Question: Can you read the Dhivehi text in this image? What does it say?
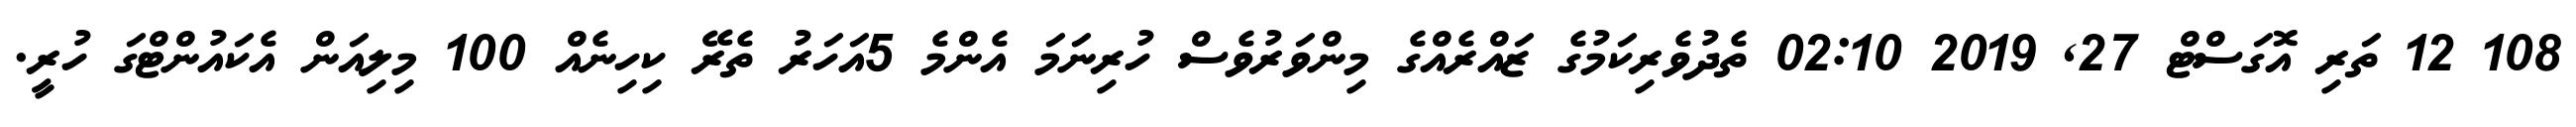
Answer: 108 12 ތަރި އޮގަސްޓް 27, 2019 02:10 ތެދުވެރިކަމުގެ ޒައްރެއްގެ މިންވަރުވެސް ހުރިނަމަ އެންމެ 5އަހަރު ތެރޭ ކިހިނެއް 100 މިލިއަން އެކައުންޓްގަ ހުރީ.